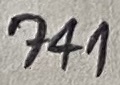
Text: 741